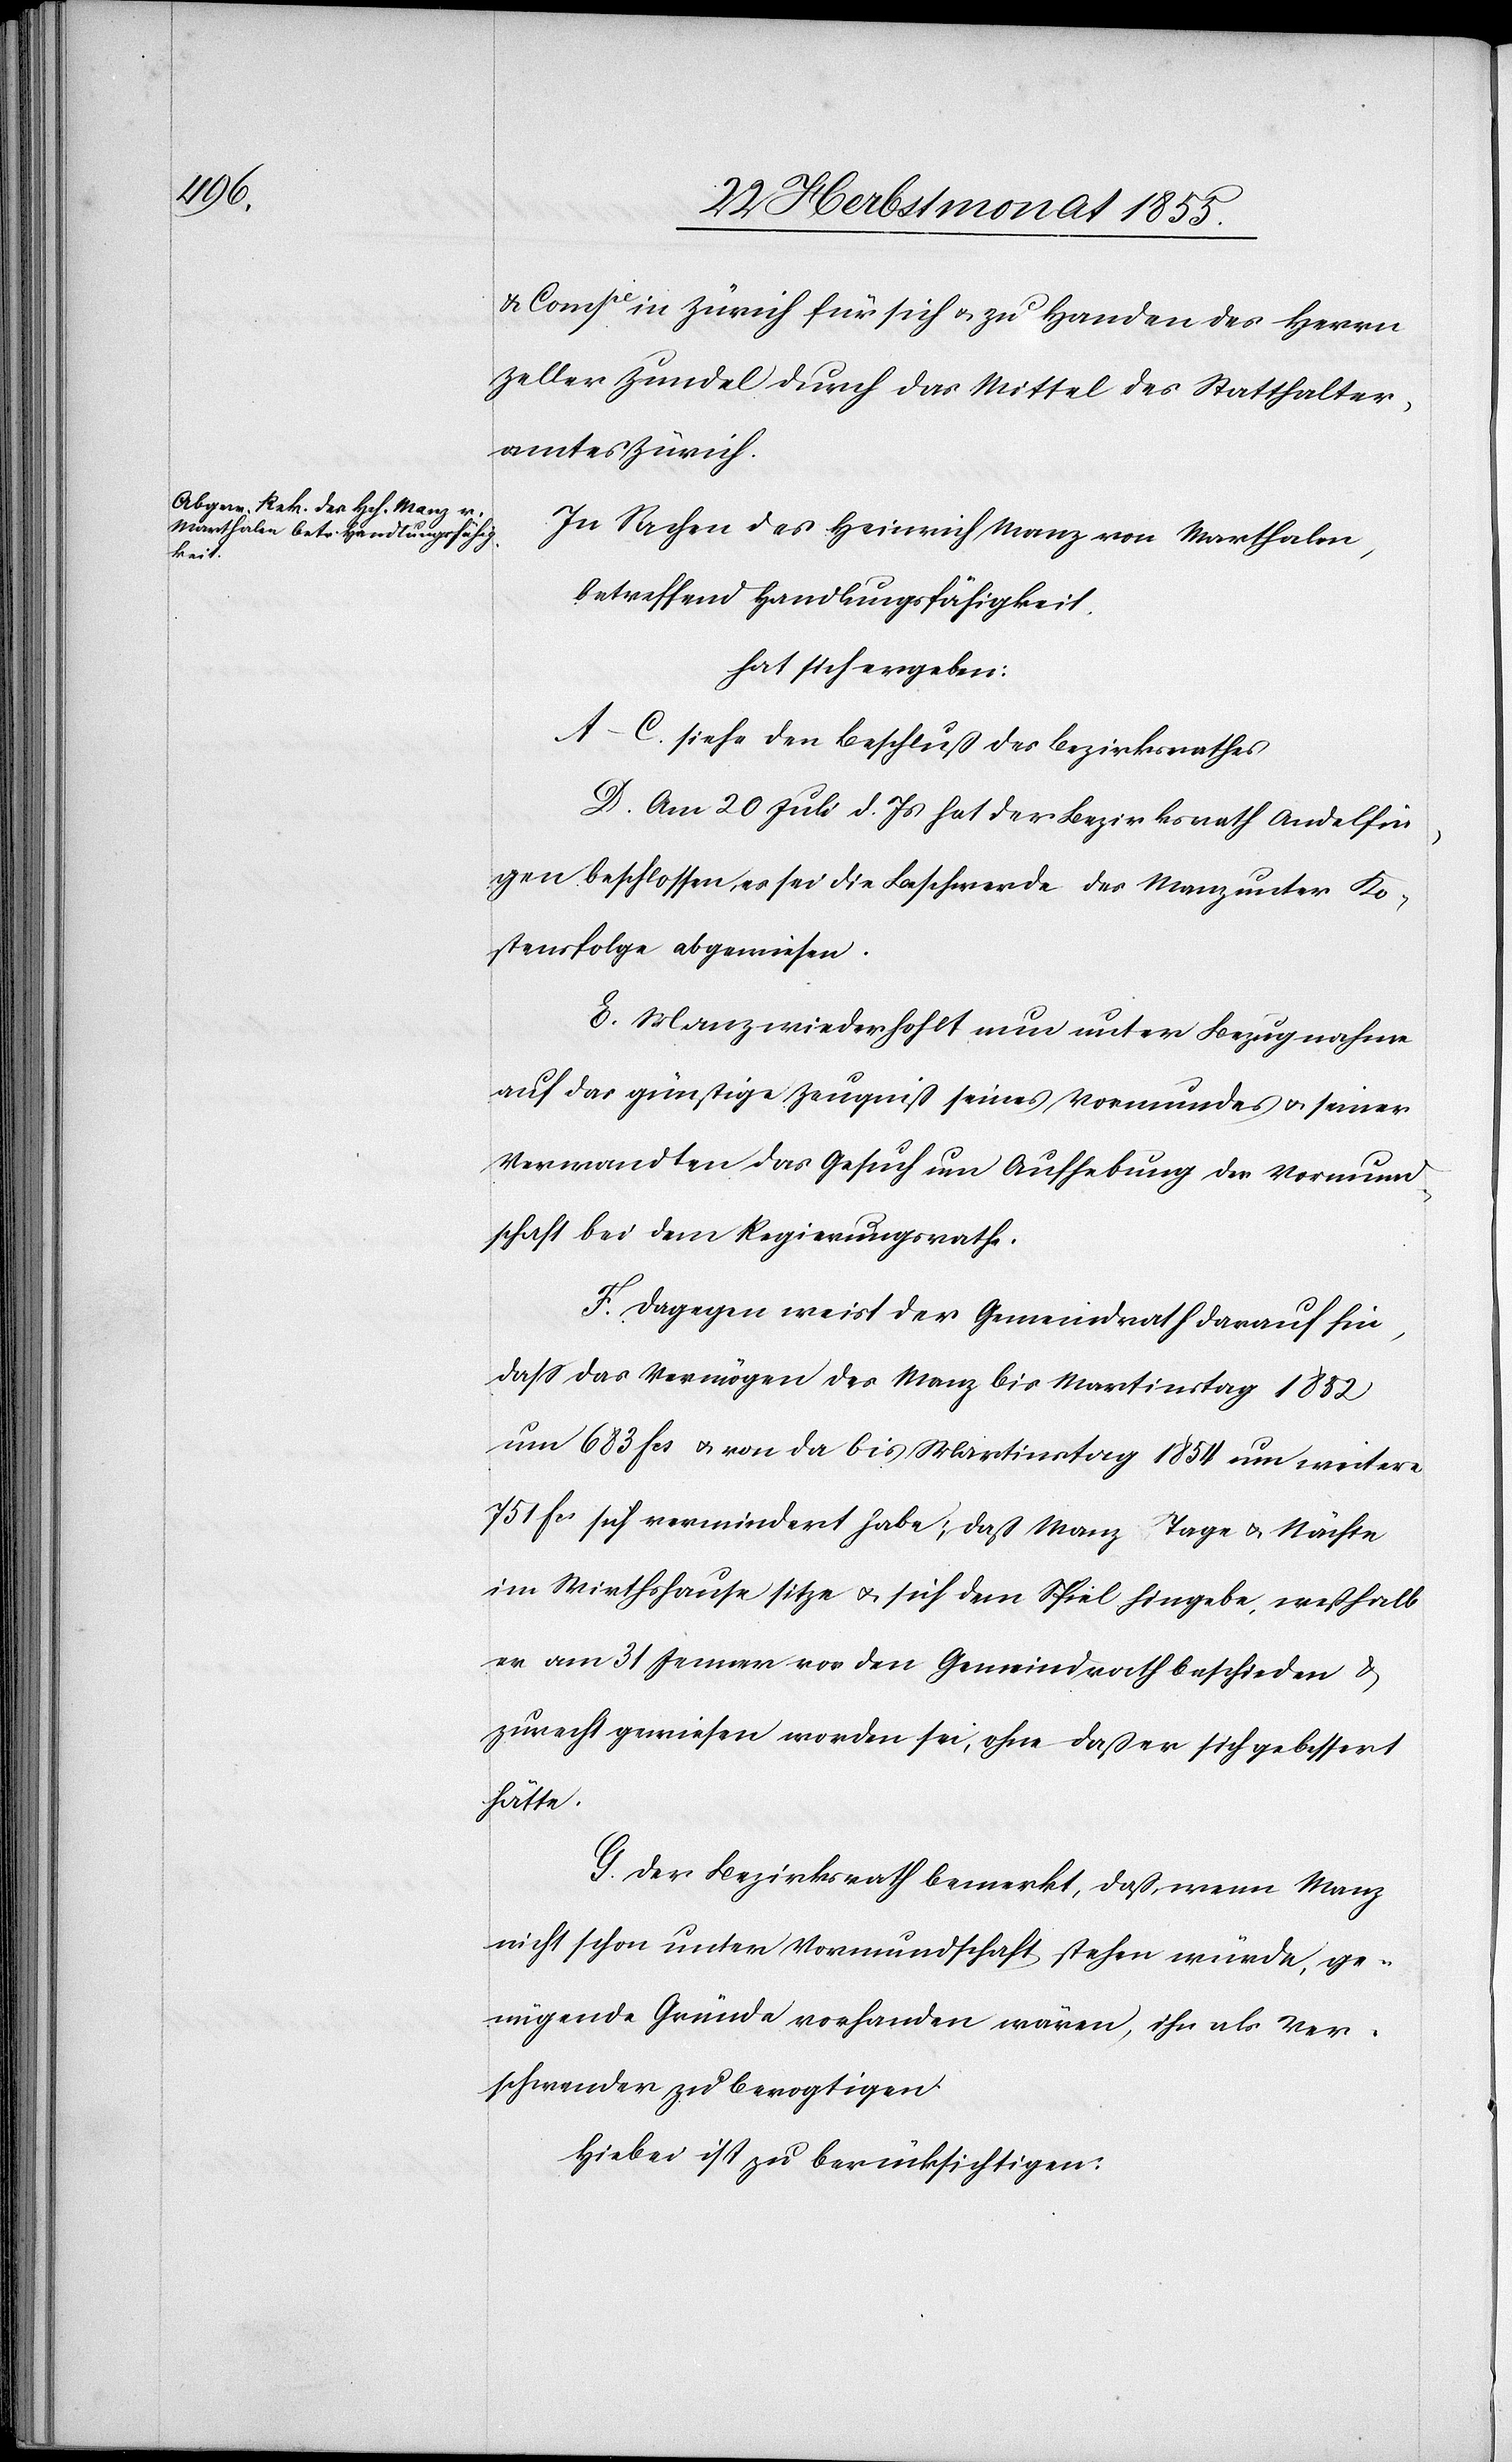
& Compie in Zürich für sich & zu Handen des Herrn
Zeller[-]Zundel durch das Mittel des Statthalter¬
amtes Zürich.
In Sachen des Heinrich Manz von Marthalen,
betreffend Handlungsfähigkeit,
hat sich ergeben:
A–C. siehe den Beschluß des Bezirksrathes
D. Am 20 Juli d. Js hat der Bezirksrath Andelfin¬
gen beschlossen, es sei die Beschwerde des Manz unter Ko¬
stensfolge abgewiesen.
E. Manz wiederhohlt [sic!] nun unter Bezugnahme
auf das günstige Zeugniß seines Vormundes & seiner
Verwandten das Gesuch um Aufhebung der Vormund¬
schaft bei dem Regierungsrathe.
F. Dagegen weist der Gemeindrath darauf hin,
dass das Vermögen des Manz bis Martinstag 1852
um 683 Fcs & von da bis Martinstag 1854 um weitere
751 Fcs sich vermindert habe; daß Manz Tage & Nächte
im Wirthshause sitze & sich dem Spiel hingebe, weßhalb
er am 31 Jenner vor den Gemeindrath beschieden &
zurecht gewiesen worden sei, ohne daß er sich gebessert
hätte.
G. Der Bezirksrath bemerkt, daß, wenn Manz
nicht schon unter Vormundschaft stehen würde, ge¬
nügende Gründe vorhanden wären, ihn als Ver¬
schwender zu bevogtigen.
Hiebei ist zu berücksichtigen: